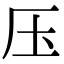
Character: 压